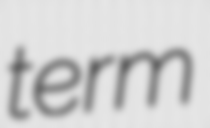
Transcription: term